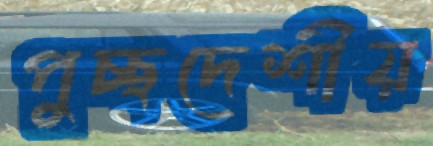
পুচ্ছদেশীয়